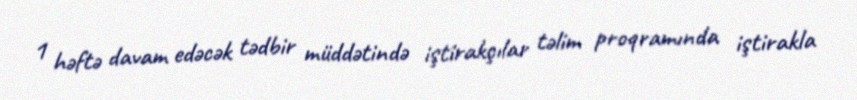
1 həftə davam edəcək tədbir müddətində iştirakçılar təlim proqramında iştirakla